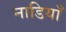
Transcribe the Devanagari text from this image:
नाडियाँ